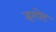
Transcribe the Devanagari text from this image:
इगोट